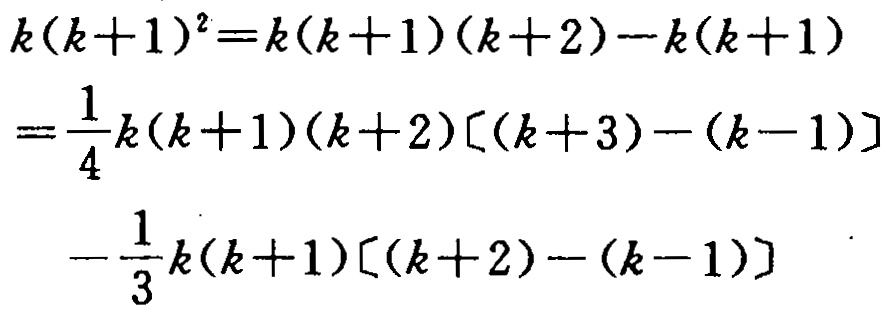
\[

\begin{align*}

k(k + 1)^2&=k(k + 1)(k + 2)-k(k + 1)\\

&=\frac{1}{4}k(k + 1)(k + 2)[(k + 3)-(k - 1)]\\

&\quad-\frac{1}{3}k(k + 1)[(k + 2)-(k - 1)]

\end{align*}

\]